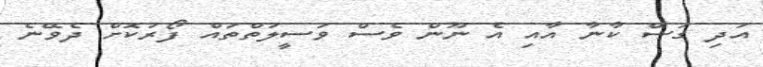
އަދި ގަސް ކާނާ އާއި އެ ނޫން ވެސް ވަސީލަތްތައް ފޯރުކޮށް ދެވޭނެ